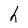
Character: h